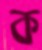
ক